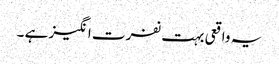
یہ واقعی بہت نفرت انگیز ہے ۔